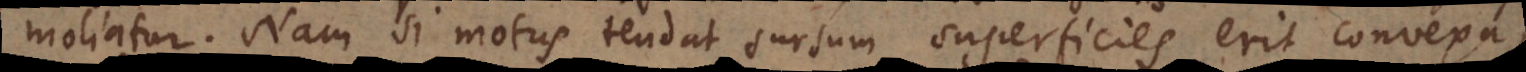
moliatur. Nam si motus tendat sursum, superficies erit convexa,